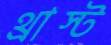
থ্রাস্ট